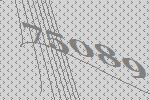
75089